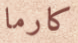
كارما